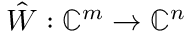
\hat { W } : \mathbb { C } ^ { m } \to \mathbb { C } ^ { n }